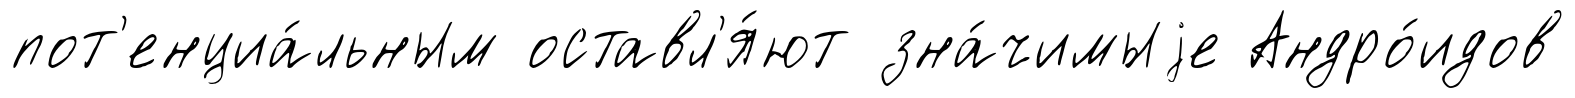
пот'енциа́льным оставл'я́ют зна́чимыjе Андро́идов